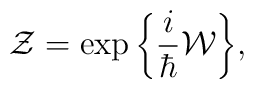
{\cal Z}=\exp\bigg\{\frac{i}{\hbar}{\cal W}\bigg\},